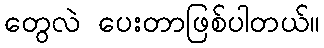
တွေလဲ ပေးတာဖြစ်ပါတယ်။